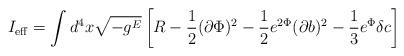
LaTeX: \begin{align*}I_{\rm eff} = \int d^4x \sqrt{-g^E}\left[R -\frac{1}{2}(\partial \Phi)^2-\frac{1}{2}e^{2\Phi}(\partial b)^2 -\frac{1}{3}e^\Phi\delta c \right]\end{align*}